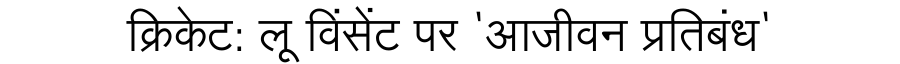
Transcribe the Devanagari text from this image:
क्रिकेट: लू विंसेंट पर 'आजीवन प्रतिबंध'